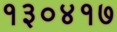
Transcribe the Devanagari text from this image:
१३०४१७